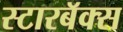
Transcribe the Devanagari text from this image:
स्टारबॅक्स